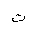
Letter: _ta